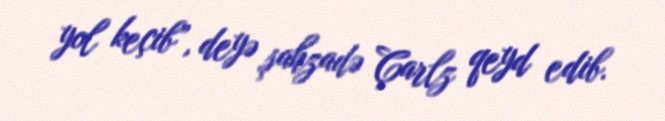
yol keçib”, deyə şahzadə Çarlz qeyd edib.